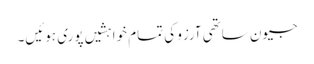
جیون ساتھی آرزو کی تمام خواہشیں پوری ہوئیں۔